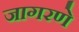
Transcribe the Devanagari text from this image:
जागरणे